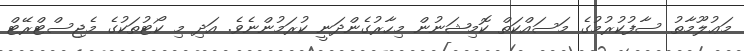
މަޢުލޫމާތު ސާފުކުރުމުގެ މަސައްކަތް ކޮމިޝަނުން މިހާރުގެންދަނީ ކުރަމުންނެވެ. އަދި މި ކޯޓުތަކުގެ މެޖިސްޓްރޭޓް